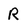
Character: R